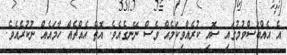
އެ އެއްބަސްވުމުގައި ސޮއި ކުރެއްވިކަމެއް ވެސް ނޭނގެއެވެ. އޮތް އެއްޗެއް ހާމައެއް ނުކުރެއެވެ.